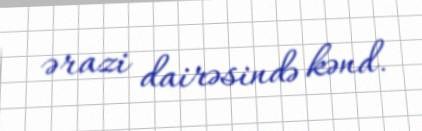
ərazi dairəsində kənd.